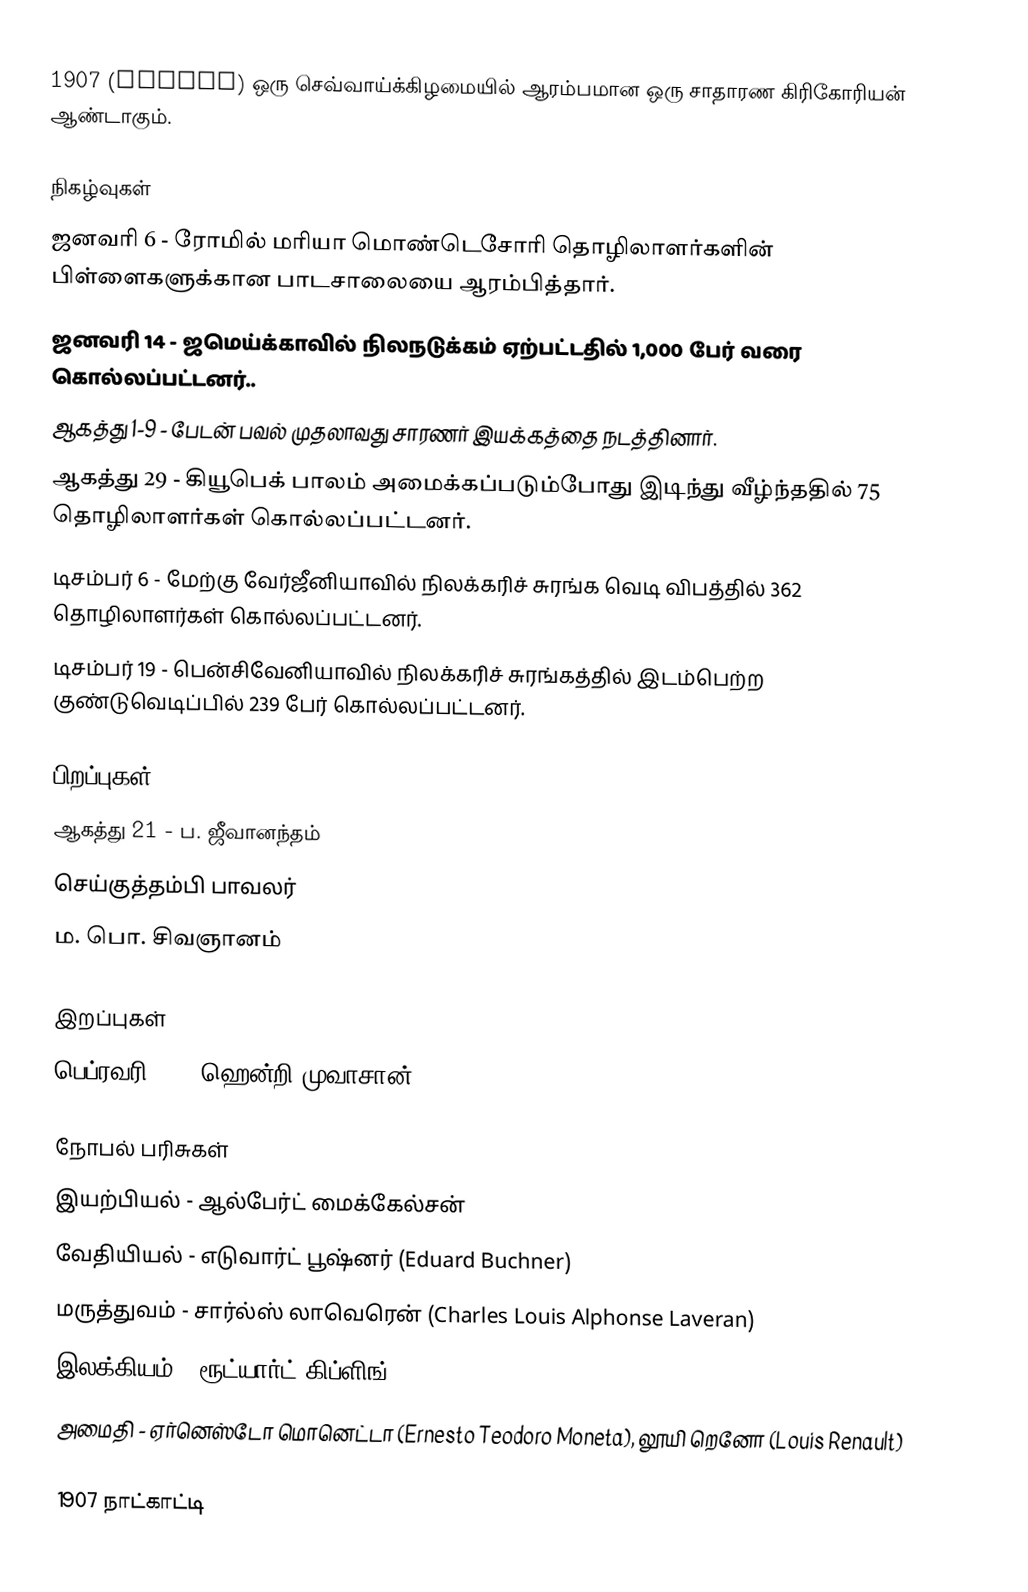
1907  (MCMVII) ஒரு செவ்வாய்க்கிழமையில் ஆரம்பமான ஒரு சாதாரண கிரிகோரியன் ஆண்டாகும்.

நிகழ்வுகள்
 ஜனவரி 6 - ரோமில் மரியா மொண்டெசோரி தொழிலாளர்களின் பிள்ளைகளுக்கான பாடசாலையை ஆரம்பித்தார்.
 ஜனவரி 14 - ஜமெய்க்காவில் நிலநடுக்கம் ஏற்பட்டதில் 1,000 பேர் வரை கொல்லப்பட்டனர்..
 ஆகத்து 1-9 - பேடன் பவல் முதலாவது சாரணர் இயக்கத்தை நடத்தினார்.
 ஆகத்து 29 - கியூபெக் பாலம் அமைக்கப்படும்போது இடிந்து வீழ்ந்ததில் 75 தொழிலாளர்கள் கொல்லப்பட்டனர்.
 டிசம்பர் 6 - மேற்கு வேர்ஜீனியாவில் நிலக்கரிச் சுரங்க வெடி விபத்தில் 362 தொழிலாளர்கள் கொல்லப்பட்டனர்.
 டிசம்பர் 19 - பென்சிவேனியாவில் நிலக்கரிச் சுரங்கத்தில் இடம்பெற்ற குண்டுவெடிப்பில் 239 பேர் கொல்லப்பட்டனர்.

பிறப்புகள்
 ஆகத்து 21 - ப. ஜீவானந்தம்
 செய்குத்தம்பி பாவலர்
 ம. பொ. சிவஞானம்

இறப்புகள்
 பெப்ரவரி 20 - ஹென்றி முவாசான்

நோபல் பரிசுகள்
 இயற்பியல் - ஆல்பேர்ட் மைக்கேல்சன்
 வேதியியல் - எடுவார்ட் பூஷ்னர் (Eduard Buchner)
 மருத்துவம் - சார்ல்ஸ் லாவெரென் (Charles Louis Alphonse Laveran)
 இலக்கியம் - ரூட்யார்ட் கிப்ளிங் (Rudyard Kipling)
 அமைதி - ஏர்னெஸ்டோ மொனெட்டா (Ernesto Teodoro Moneta), லூயி றெனோ (Louis Renault)

1907 நாட்காட்டி